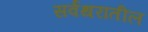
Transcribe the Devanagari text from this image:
सर्वथरातील